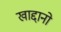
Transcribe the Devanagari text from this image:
खाद्दानो